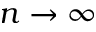
n \to \infty